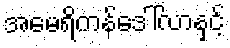
အမေရိကန်ဒေါ်လာနှင့်